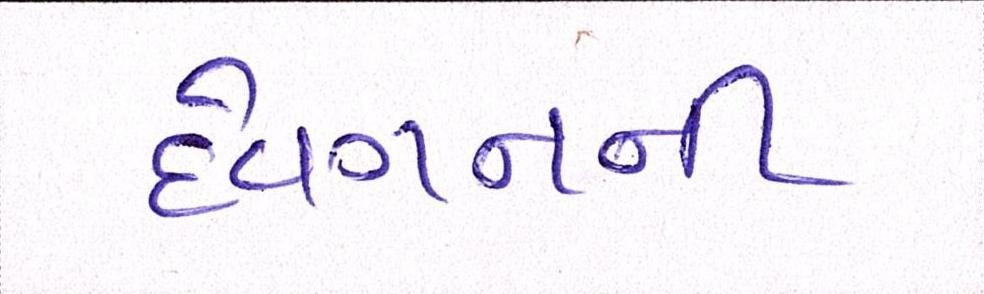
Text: દેવગનની